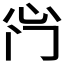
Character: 𫹰